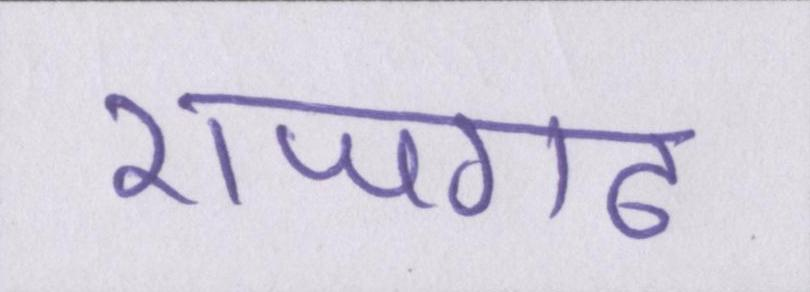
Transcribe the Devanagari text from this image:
राजगढ